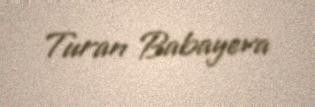
Turan Babayeva